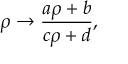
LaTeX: \rho \rightarrow \frac { a \rho + b } { c \rho + d } ,